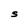
Character: S